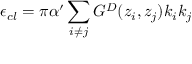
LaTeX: \epsilon _ { c l } = \pi \alpha ^ { \prime } \sum _ { i \neq j } G ^ { D } ( z _ { i } , z _ { j } ) k _ { i } k _ { j }